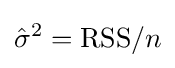
{\hat {\sigma }}^{2}=\mathrm {RSS} /n